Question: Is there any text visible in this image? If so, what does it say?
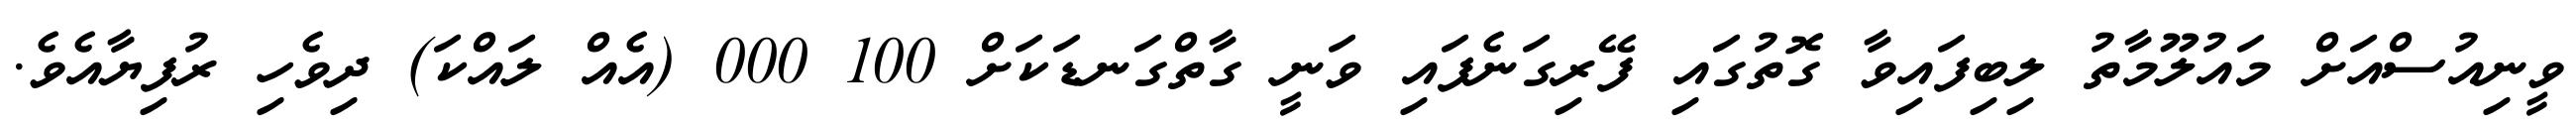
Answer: ވީނިއުސްއަށް މައުލޫމާތު ލިބިފައިވާ ގޮތުގައި ފޭރިގަނެފައި ވަނީ ގާތްގަނޑަކަށް 100 000 (އެއް ލައްކަ) ދިވެހި ރުފިޔާއެވެ.